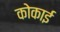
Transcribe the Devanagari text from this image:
कोकाई